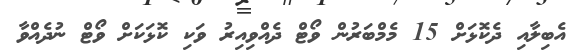
އެބިލާއި ދެކޮޅަށް 15 މެމްބަރުން ވޯޓް ދެއްވިއިރު ވަކި ކޮޅަކަށް ވޯޓް ނުދެއްވާ